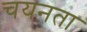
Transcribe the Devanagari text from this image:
चयनता